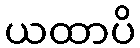
ယထာပိ